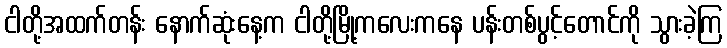
ငါတို့အထက်တန်း နောက်ဆုံးနေ့က ငါတို့မြို့ကလေးကနေ ပန်းတစ်ပွင့်တောင်ကို သွားခဲ့ကြ